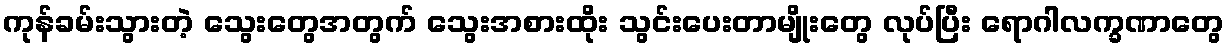
ကုန်ခမ်းသွားတဲ့ သွေးတွေအတွက် သွေးအစားထိုး သွင်းပေးတာမျိုးတွေ လုပ်ပြီး ရောဂါလက္ခဏာတွေ